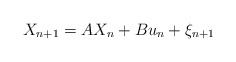
\begin{align*}X_{n+1} = AX_{n} + Bu_n + \xi_{n+1}\end{align*}